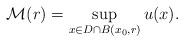
LaTeX: \begin{align*}\mathcal{M}(r) = \sup_{x\in D\cap B(x_0,r)}u(x).\end{align*}